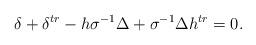
LaTeX: \begin{align*}\delta+\delta^{tr}-h\sigma^{-1}\Delta+\sigma^{-1}\Delta h^{tr}=0.\end{align*}